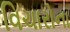
વિચારોના